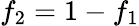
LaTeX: f_{2}=1-f_{1}